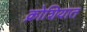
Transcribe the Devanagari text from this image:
क्रोशियात